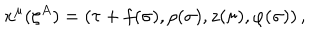
LaTeX: x ^ { \mu } ( \zeta ^ { A } ) = ( \tau + f ( \sigma ) , \rho ( \sigma ) , z ( \sigma ) , \varphi ( \sigma ) ) \, ,